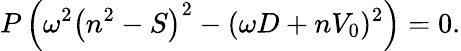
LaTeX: P\left(\omega^{2}\left(n^{2}-S\right)^{2}-(\omega D+nV_{0})^{2}\right)=0.